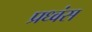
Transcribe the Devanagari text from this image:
प्रध्वंस